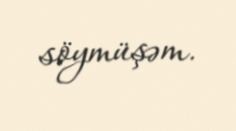
söymüşəm.